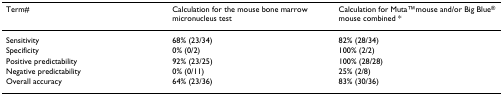
| Term# | Calculation for the mouse bone marrow micronucleus test | Calculation for MutaTMmouse and/or Big Blue® mouse combined * |
 | --- | --- | --- |
 | Sensitivity | 68% (23/34) | 82% (28/34) |
 | Specificity | 0% (0/2) | 100% (2/2) |
 | Positive predictability | 92% (23/25) | 100% (28/28) |
 | Negative predictability | 0% (0/11) | 25% (2/8) |
 | Overall accuracy | 64% (23/36) | 83% (30/36) |